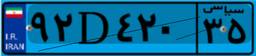
۴۳D۷۱۰۸۹